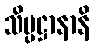
သိပ္ပဋ္ဌာနာနိ